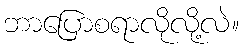
ဘာပြောစရာလိုလို့လဲ။